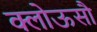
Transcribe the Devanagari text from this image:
क्लोऊसौ